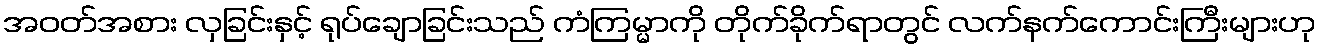
အဝတ်အစား လှခြင်းနှင့် ရုပ်ချောခြင်းသည် ကံကြမ္မာကို တိုက်ခိုက်ရာတွင် လက်နက်ကောင်းကြီးများဟု